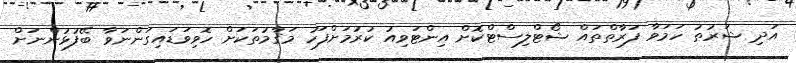
އަދި ޝަރުޠު ހަމަވާ ފަރާތްތައް ޝޯޓްލިސްޓްކޮށް އިންޓަވިއު ކުރުމަށްފަހު މަޤާމުތަކަށް ހޮވިވަޑައިގަންނަވާ ބޭފުޅުންނަށް